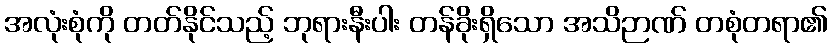
အလုံးစုံကို တတ်နိုင်သည့် ဘုရားနီးပါး တန်ခိုးရှိသော အသိဉာဏ် တစုံတရာ၏